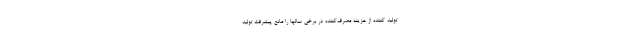
تولید کننده از هزینه مصرف‌کننده در برخی سالها را مانع پیشرفت تولید